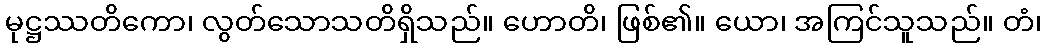
မုဋ္ဌဿတိကော၊ လွတ်သောသတိရှိသည်။ ဟောတိ၊ ဖြစ်၏။ ယော၊ အကြင်သူသည်။ တံ၊